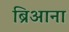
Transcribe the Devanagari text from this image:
ब्रिआना